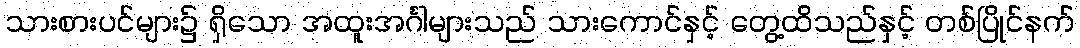
သားစားပင်များ၌ ရှိသော အထူးအင်္ဂါများသည် သားကောင်နှင့် တွေ့ထိသည်နှင့် တစ်ပြိုင်နက်